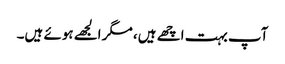
آپ بہت اچھے ہیں، مگر الجھے ہوئے ہیں۔